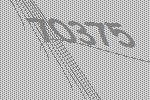
70375